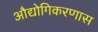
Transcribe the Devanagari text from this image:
औद्योगिकरणास